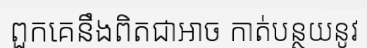
ពួកគេនឹងពិតជាអាច កាត់បន្ថយនូវ